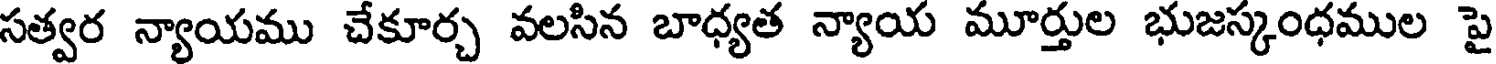
సత్వర న్యాయము చేకూర్చ వలసిన బాధ్యత న్యాయ మూర్తుల భుజస్కంధముల పై